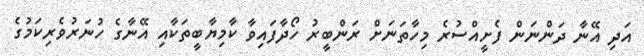
އަދި އޭނާ ދަންނަން ފެށީއްސުރެ މިހާތަނަށް ރަންބީރު ހޯދާފައިވާ ކާމިޔާބީތަކާއި އޭނާގެ ހުނަރުވެރިކަމުގެ